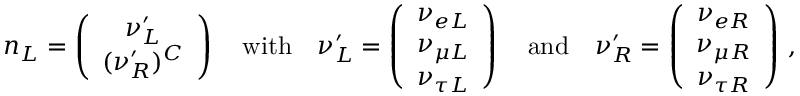
n _ { L } = \left( \begin{array} { c } { { \displaystyle \nu _ { L } ^ { \prime } } } \\ { { \displaystyle ( \nu _ { R } ^ { \prime } ) ^ { C } } } \end{array} \right) \quad \mathrm { w i t h } \quad \nu _ { L } ^ { \prime } = \left( \begin{array} { c } { { \displaystyle \nu _ { e L } } } \\ { { \displaystyle \nu _ { { \mu } L } } } \\ { { \displaystyle \nu _ { { \tau } L } } } \end{array} \right) \quad \mathrm { a n d } \quad \nu _ { R } ^ { \prime } = \left( \begin{array} { c } { { \displaystyle \nu _ { e R } } } \\ { { \displaystyle \nu _ { { \mu } R } } } \\ { { \displaystyle \nu _ { { \tau } R } } } \end{array} \right) \, ,